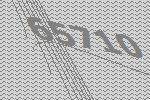
65710